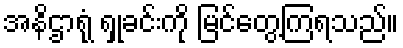
အနိဌာရုံ ရှုခင်းကို မြင်တွေ့ကြရသည်။